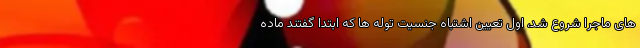
های ماجرا شروع شد، اول تعیین اشتباه جنسیت توله ها که ابتدا گفتند ماده